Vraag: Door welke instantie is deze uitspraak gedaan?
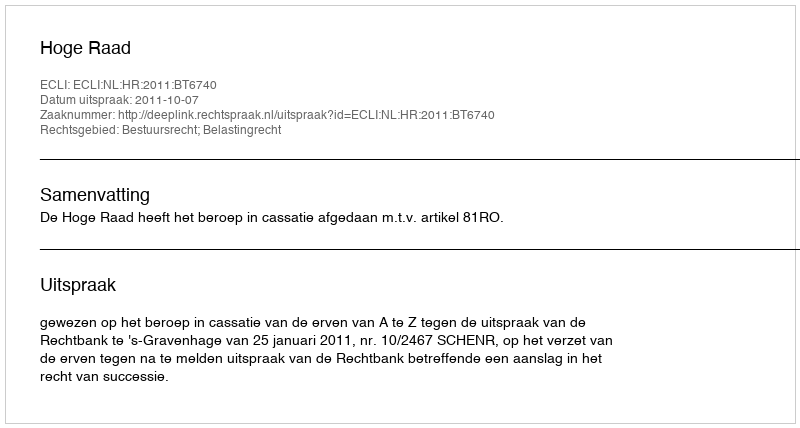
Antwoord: Hoge Raad